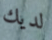
لديك